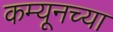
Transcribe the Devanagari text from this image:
कम्यूनच्या